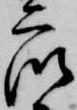
衆